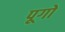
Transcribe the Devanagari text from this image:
पूगों